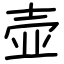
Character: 壶